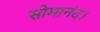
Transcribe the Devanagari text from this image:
सोमानंद।